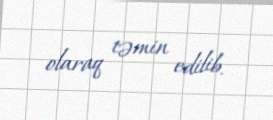
olaraq təmin edilib.